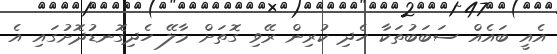
އެއީ ބައެއް ސަބަބުތަކާ ހެދި ކުރިން ރޭވި ގޮތަށް މާލޭ ހެދިގޮނޑުދޮަށުގައި އެ